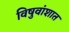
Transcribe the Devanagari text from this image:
विषुवांशात